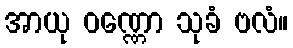
အာယု ဝဏ္ဏော သုခံ ဗလံ။